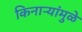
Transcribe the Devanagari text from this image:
किनाऱ्यांमुळे